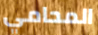
المحامي